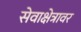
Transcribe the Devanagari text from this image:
सेवाक्षेत्रावर